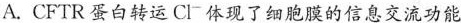
A.CFTR蛋白转运Cl^{-}体现了细胞膜的信息交流功能